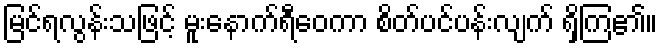
မြင်ရလွန်းသဖြင့် မူးနောက်ရီဝေကာ စိတ်ပင်ပန်းလျက် ရှိကြ၏။